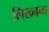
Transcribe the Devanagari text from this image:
लिख्नना